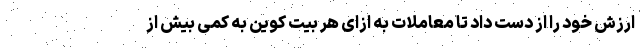
ارزش خود را از دست داد تا معاملات به ازای هر بیت کوین به کمی بیش از